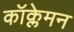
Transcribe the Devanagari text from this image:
कॉक्लेमन